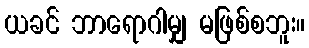
ယခင် ဘာရောဂါမျှ မဖြစ်စဘူး။